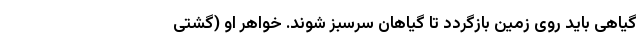
گیاهی باید روی زمین بازگردد تا گیاهان سرسبز شوند. خواهر او (گِشتی